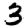
Digit: 3